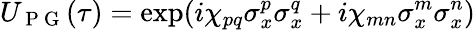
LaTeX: U_{\mathrm{~P~G~}}(\tau)=\textrm{exp}(i\chi_{pq}\sigma_{x}^{p}\sigma_{x}^{q}+i\chi_{mn}\sigma_{x}^{m}\sigma_{x}^{n})